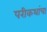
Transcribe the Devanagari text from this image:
परीकथांचा